画像に写った文字を読んでください
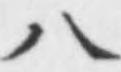
「八」と書いてあります